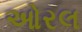
ઓરલ